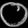
Digit: ၀